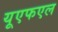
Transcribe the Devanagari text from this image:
यूएफएल